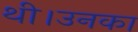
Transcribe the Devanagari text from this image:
थी।उनका